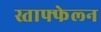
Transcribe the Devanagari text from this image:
स्ताफ्फेल्न